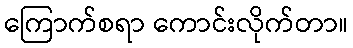
ကြောက်စရာ ကောင်းလိုက်တာ။